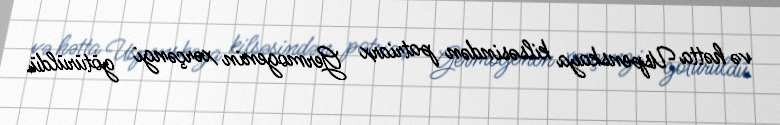
və hətta Uspenskaya kilsəsindən patriarx Germogenin xərçəngi götürüldü.